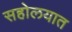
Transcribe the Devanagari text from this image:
सहोलयात